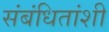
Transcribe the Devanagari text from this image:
संबंधितांशी